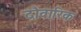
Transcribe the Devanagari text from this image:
दौवारिक